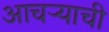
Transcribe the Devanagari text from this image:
आचऱ्याची